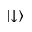
\left| \downarrow \right\rangle